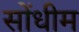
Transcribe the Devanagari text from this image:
सोंधीम